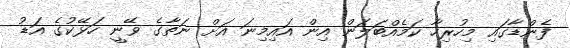
ފެންޑާގައި މިހުރިހާ ކަމެއްބަލަން އިން އައިމިނަ އަށް ނަތާގެ ވޭނީ ހަޅޭކުގެ އަޑު